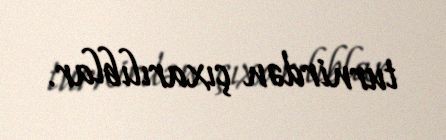
turnirdən çıxarılıblar.